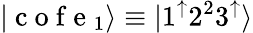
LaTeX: |\mathrm{~c~o~f~e~}_{1}\rangle\equiv|1^{\mathord{\uparrow}}2^{2}3^{\mathord{\uparrow}}\rangle